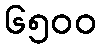
၆၅၀၀